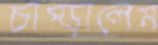
চাপ্‌ড়ালেম